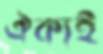
ঐক্যই